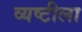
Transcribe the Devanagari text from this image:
व्यष्टीला